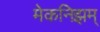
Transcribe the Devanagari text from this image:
मेकनिझम्